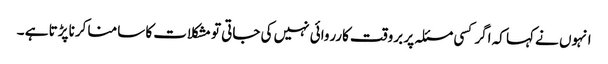
انہوں نے کہا کہ اگر کسی مسئلہ پر بروقت کارروائی نہیں کی جاتی تو مشکلات کا سامنا کرنا پڑتا ہے ۔